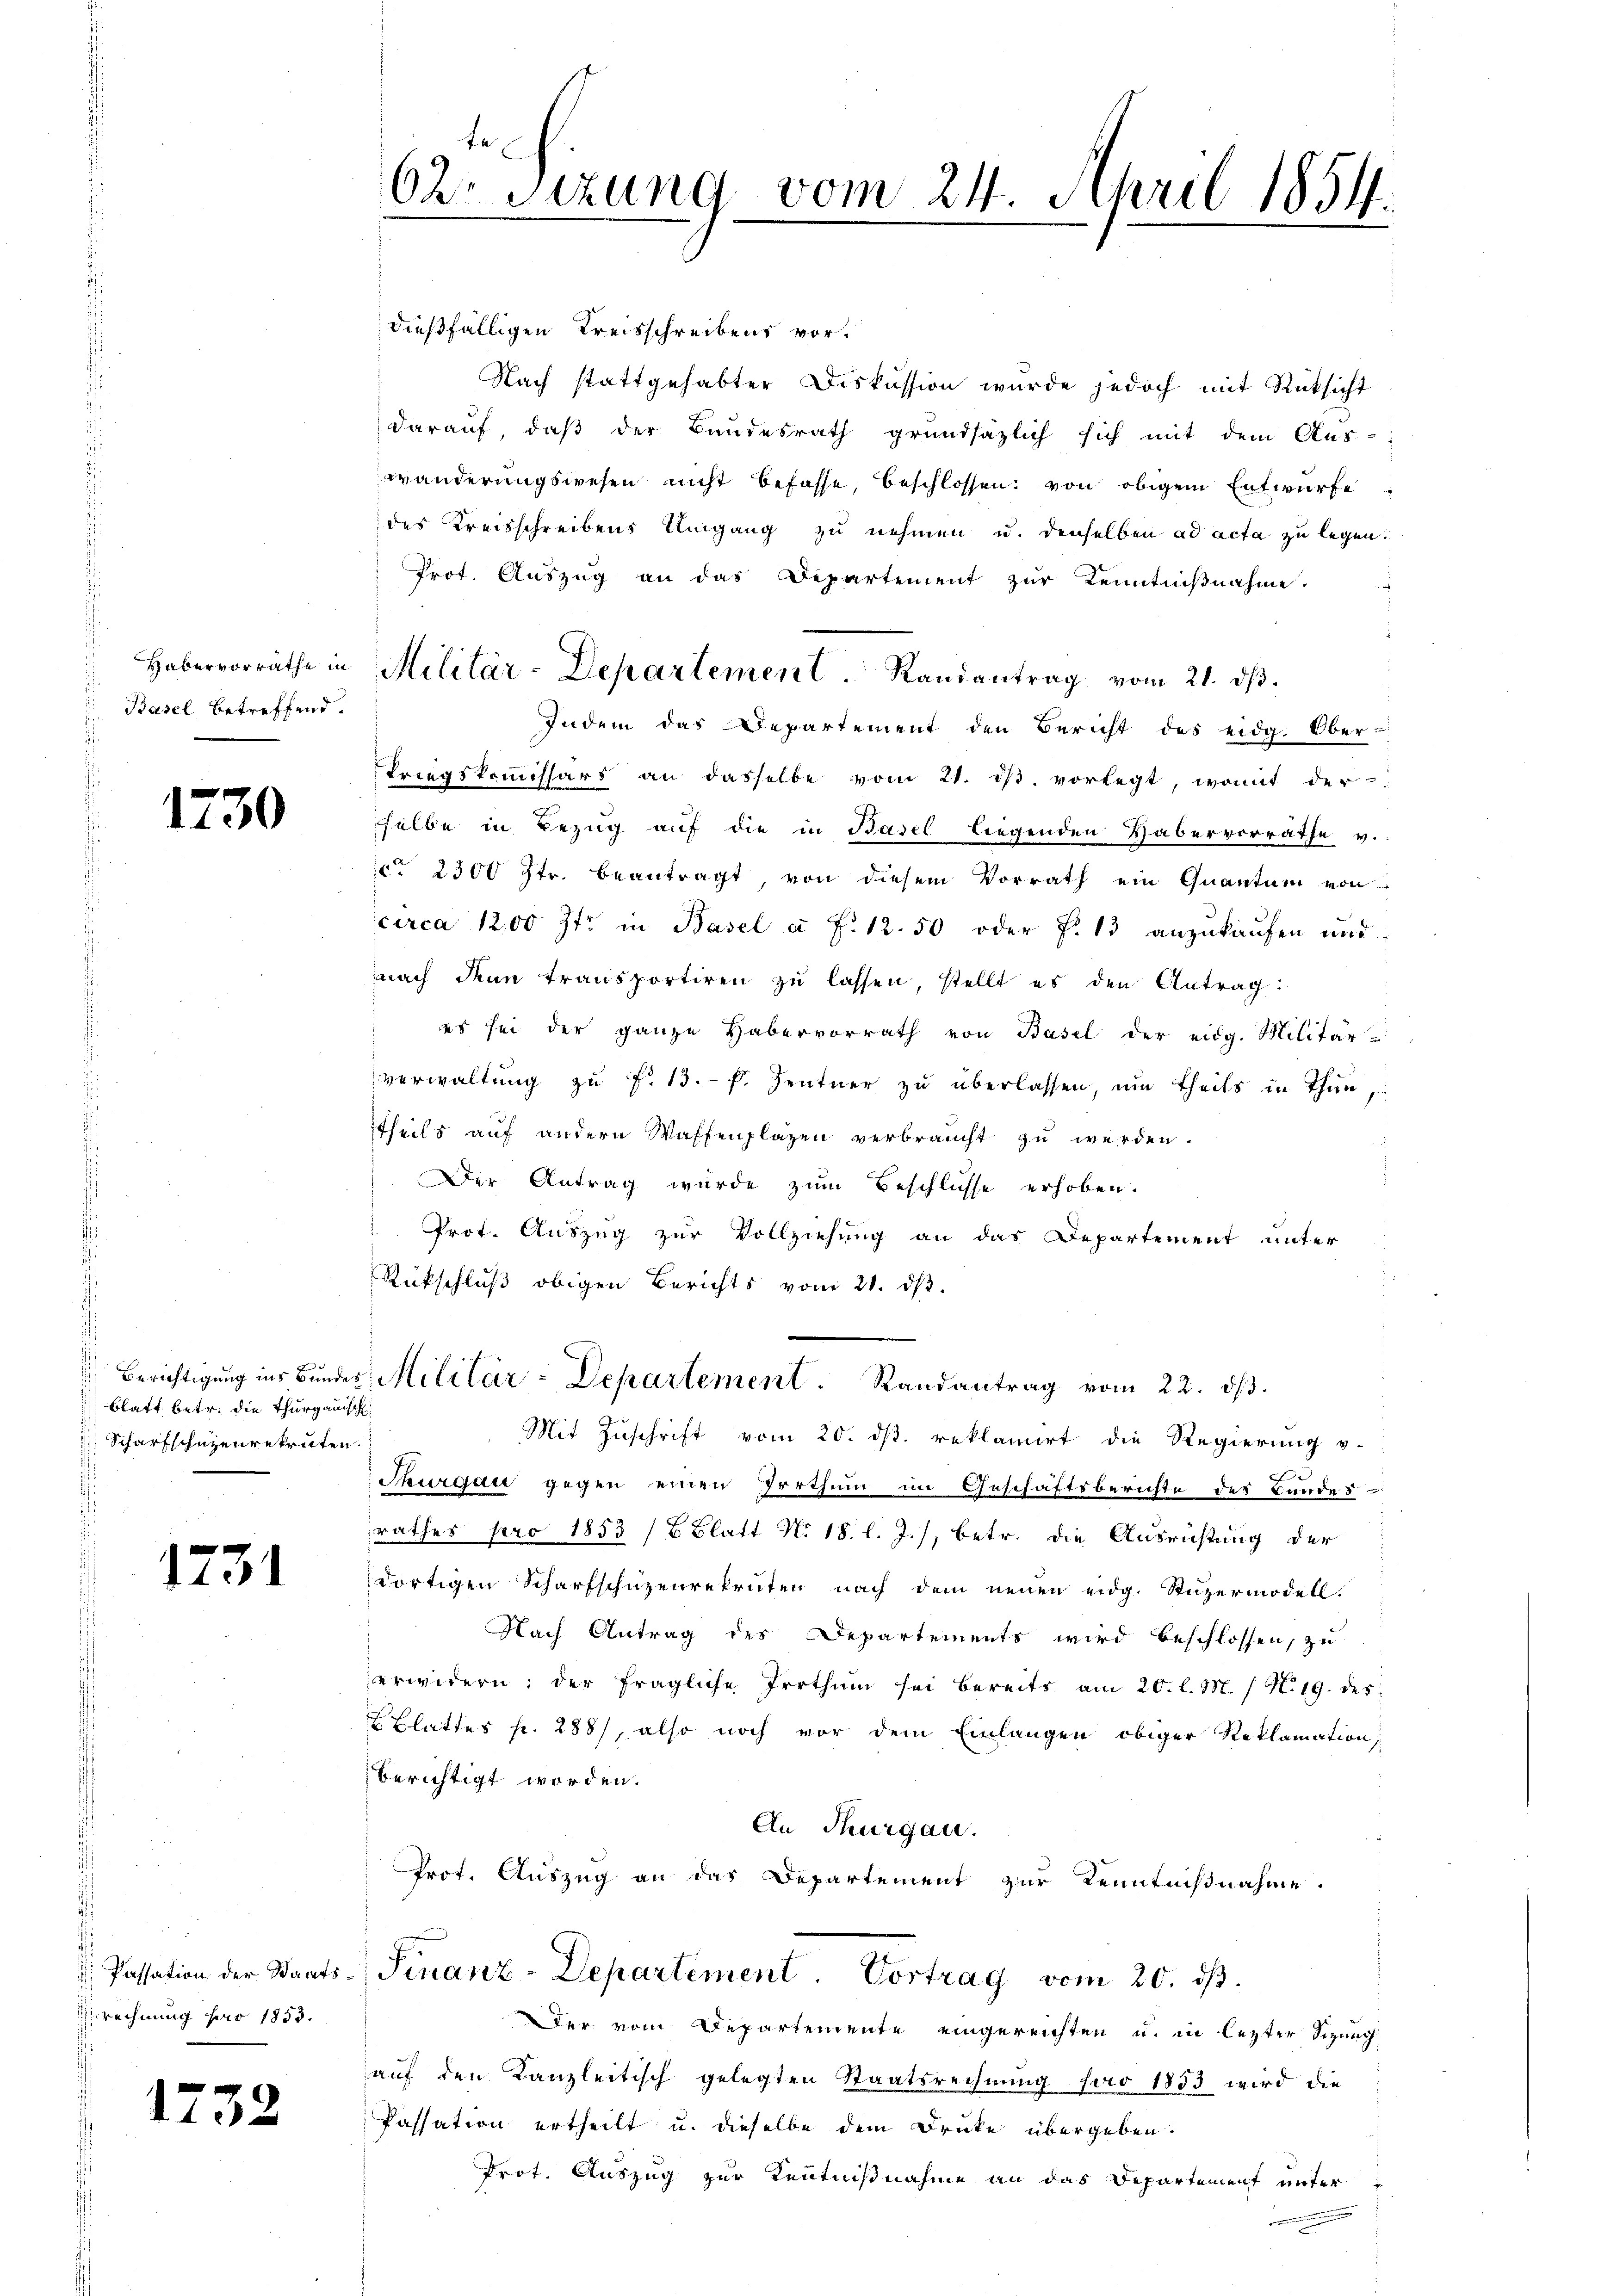
Habervorräthe in
Basel betreffend.

1230

Blatt betr. die Thurgauisch
Scharfschüzenrekruten.

1231

: Passation der Staatsrechnung pro 1855.

1732

62 sizung vom 24. April 1854.

Militär-Departement. Randantrag vom 21. dβ.

dießfälligen Kreisschreibens vor¬
Nach stattgehabter Diskussion wurde jedoch mit Rücksicht
darauf, daß der Bundesrath grundsätzlich sich mit dem Aus-
wänderungswesen nicht befasse, beschlossen, von obigem Entwurfe
des Kreisschreibens Umgang zu nehmen u. denselben ad acta zu legen.
Prot. Aŭszŭg an das Departement zŭr Kenntniβnahme.
Indem das Departement den Bericht des eidg. Ober-
kriegskommissärs an dasselbe vom 21. iβ. vorlegt, womit der
selbe in Bezŭg aŭf die in Basel liegenden Habervorräthe v.
c 2300 Str. beantragt, von diesem Vorrath ein Quantum von
circa 1200 Ifr in Basel a. f. 12.50 oder §. 13 anzukaufen und
nach denn transportiren zu lassen, stellt es den Antrag:
es sei der ganze Habervorrath von Basel der eidg. Militär-
verwaltung zu f. 13. f. Zentner zu überlassen, um theils in Thun,
theils auf andern Waffenplazen verbraucht zu werden.
Der Antrag wurde zum Beschlüsse erhoben.
Prot. Auszug zur Vollziehung an das Departement unter
Rückschluß obigen Berichts vom 21. ds.
Berichtigung ins Bundes Militär-Departement. Randantrag vom 22. dβ.
Mit Zuschrift vom 20. ds. reklamirt die Regierung v.
f
Thurgau gegen einen Irrthum im Geschäftsberichte des Bundes
rathes pro 1853 /8 Blatt No. 18. l. J., betr. die Ausrichtung der
dortigen Scharfschüzenrekruten nach dem neuen eidg. Stüzermodell.
Nach Antrag des Departements wird beschlossen, zu
erwidern: der fragliche Irrthum sei bereits am 20. l. M. / M. 19. des
Blattes p. 288), also noch vor dem Einlangen obiger Reklamation
berichtigt worden.
An Thurgau.
Prot. Auszug an das Departement zur Kenntnißnahme.
Finanz-Departement. Vortrag vom 20. ds.
Der vom Departemente eingereichten u. in lezter Schang
auf den Kanzleitisch gelegten Staatsrechnung pro 1853 wird die
Passation ertheilt u. dieselbe dem Druke übergeben.
Prot. Auszug zur Kenntnißnahme an das Departement unter